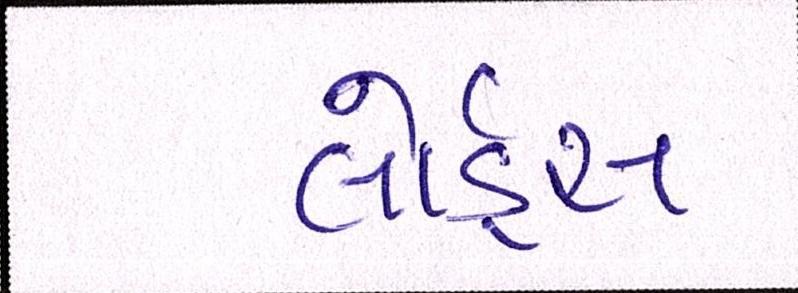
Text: લોર્ડ્સ